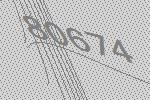
80674